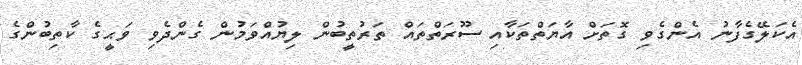
އެކަލޭގެފާނު އެންގެވި ގޮތަށް އާޔަތްތަކާއި ސޫރަތްތައް ތަރުތީބުން ލިޔުއްވަމުން ގެންދެވި ވަޙީގެ ކާތިބުންގެ